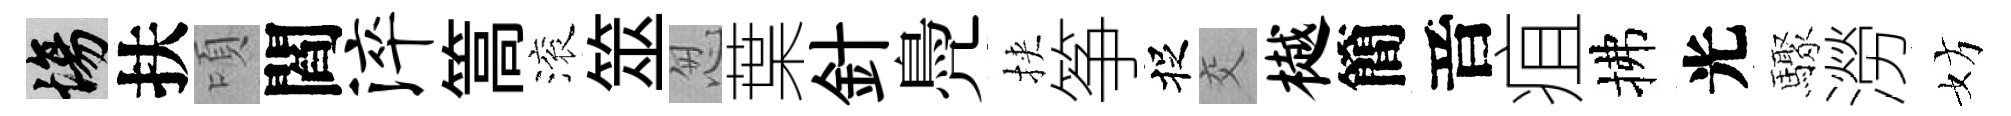
場扶頃閻淬篙滚筮怱葉針鳧挾筝捉交樾簡音疽拂光驟澇妨